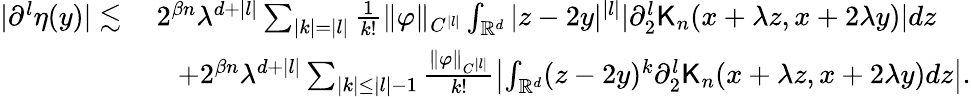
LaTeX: \begin{array}{rl}{|\partial^{l}\eta(y)|\lesssim}&{\ 2^{\beta n}\lambda^{d+|l|}\sum_{|k|=|l|}\frac{1}{k!}\| \varphi\| _{C^{|l|}}\int_{\mathbb{R}^{d}}|z-2y|^{|l|}|\partial_{2}^{l}\mathsf{K}_{n}(x+\lambda z,x+2\lambda y)|dz}\\ &{\quad+2^{\beta n}\lambda^{d+|l|}\sum_{|k|\leq|l|-1}\frac{\| \varphi\| _{C^{|l|}}}{k!}\left|\int_{\mathbb{R}^{d}}(z-2y)^{k}\partial_{2}^{l}\mathsf{K}_{n}(x+\lambda z,x+2\lambda y)dz\right|.}\end{array}